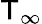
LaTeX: \mathsf{T}_{\infty}